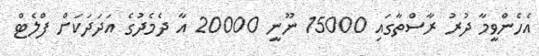
އެހެންވީމާ ދުރު ރާސްތާގައި 15000 ނޫނީ 20000 އާ ދެމެދުގެ އަދަދަކަށް ފްލެޓް